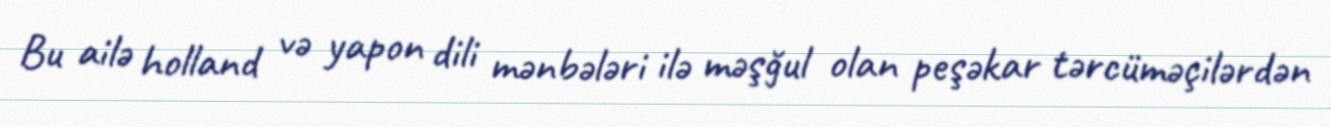
Bu ailə holland və yapon dili mənbələri ilə məşğul olan peşəkar tərcüməçilərdən